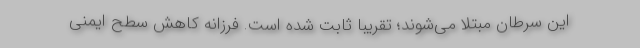
این سرطان مبتلا می‌شوند؛ تقریباً ثابت شده است. فرزانه کاهش سطح ایمنی